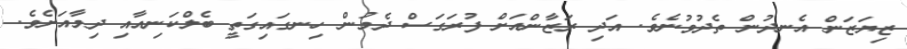
ޒިޔަޒަން އެނދުން ތެދުވުނެވެ. އަދި ރަޒާންއަށް ފުރަގަސް ދެމުން ހިނގައިގަތީ ބެލްކަނިއާއި ދިމާއަށެވެ.